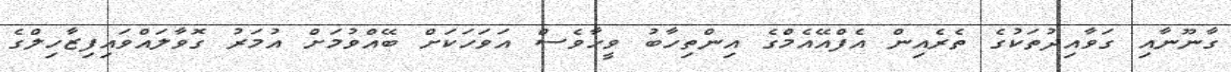
ގާނޫނާއި ގަވާއިދުތަކުގެ ތެރެއިން އެފްއޭއެމްގެ އިންތިހާބު ވީހާވެސް އަވަހަކަށް ބޭއްވުމަށް އުމަރު ގޮވާލައްވައިފިޒާހިލްގެ